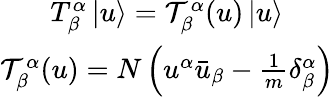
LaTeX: \begin{array}{c}{{T_{\beta}^{\alpha}\, |u\rangle={\cal T}_{\beta}^{\alpha}(u)\, |u\rangle}}\\ {{{\cal T}_{\beta}^{\alpha}(u)=N\left(u^{\alpha}\bar{u}_{\beta}-{\frac{1}{m}}\delta_{\beta}^{\alpha}\right)}}\end{array}